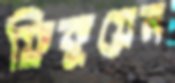
ফ্রিকুয়েন